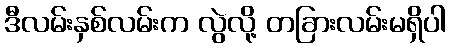
ဒီလမ်းနှစ်လမ်းက လွဲလို့ တခြားလမ်းမရှိပါ